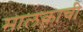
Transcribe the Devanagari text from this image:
मालकाची